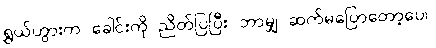
ရွှယ်ဟွားက ခေါင်းကို ညိတ်ပြပြီး ဘာမျှ ဆက်မပြောတော့ပေ။